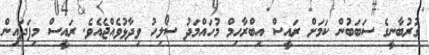
ގުރުބާނީގެ ސަބަބުން ކަމަށް ރައީސް އިބްރާހިމް މުހައްމަދު ސޯލިހު ވިދާޅުވެއްޖެއެވެ. ރައީސް މިފަދައިން